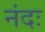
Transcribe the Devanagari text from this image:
नंदः